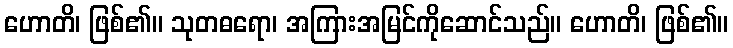
ဟောတိ၊ ဖြစ်၏။ သုတဓရော၊ အကြားအမြင်ကိုဆောင်သည်။ ဟောတိ၊ ဖြစ်၏။